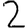
Digit: 2